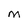
Character: M